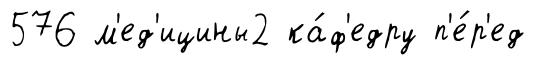
576 м'ед'ицины2 ка́ф'едру п'е́р'ед